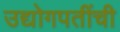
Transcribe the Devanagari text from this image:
उद्योगपतींची